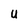
Character: U